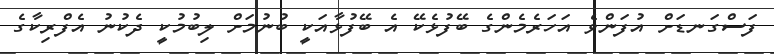
ފަސްގަނޑަށް އުފަންވެ އަހަރެމެންގެ ބޭފުޅެކޭ އެ ބޭފުޅާއަކީ ބުނުމަށް ލިބުމުކީ ދެކުނު އެފްރިކާގެ